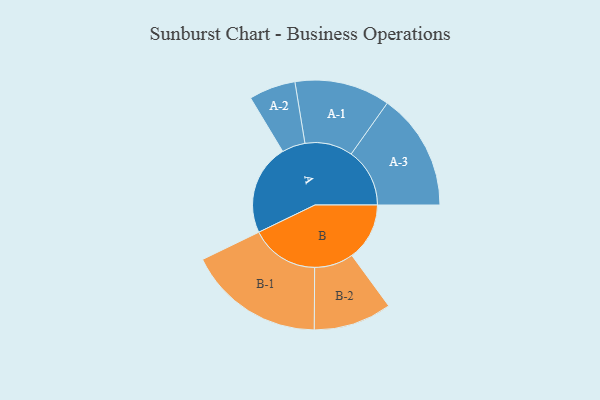
{"axis": {"x": "Segment", "y": "Value"}, "legend": ["", "A", "B"], "data": [{"x": "A", "y": 397, "type": ""}, {"x": "B", "y": 252, "type": ""}, {"x": "A-1", "y": 209, "type": "A"}, {"x": "A-2", "y": 102, "type": "A"}, {"x": "A-3", "y": 256, "type": "A"}, {"x": "B-1", "y": 299, "type": "B"}, {"x": "B-2", "y": 171, "type": "B"}]}